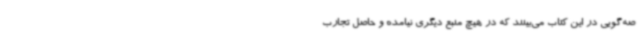
صه‌گویی در این کتاب می‌بینند که در هیچ منبع دیگری نیامده و حاصل تجارب